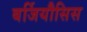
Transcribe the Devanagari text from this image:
बर्जियौसिस